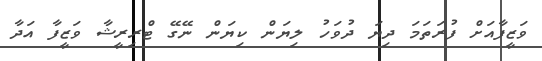
ވަޒީފާއަށް ފުރަތަމަ ދިޔަ ދުވަހު ލިޔަން ކިޔަން ނޭގޭ ޓްރިރީޝާ ވަޒީފާ އަދާ